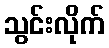
သွင်းလိုက်